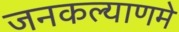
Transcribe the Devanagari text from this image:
जनकल्याणमे